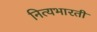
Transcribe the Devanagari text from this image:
नित्यभारती